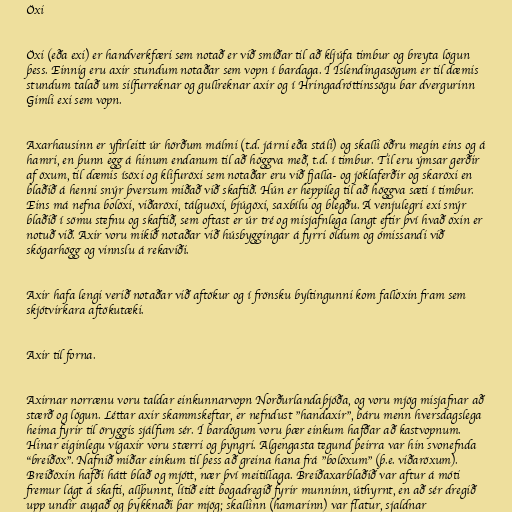
Öxi

Öxi (eða exi) er handverkfæri sem notað er við smíðar til að kljúfa timbur og breyta lögun
þess. Einnig eru axir stundum notaðar sem vopn í bardaga. Í Íslendingasögum er til dæmis
stundum talað um silfurreknar og gullreknar axir og í Hringadróttinssögu bar dvergurinn
Gimli exi sem vopn.

Axarhausinn er yfirleitt úr hörðum málmi (t.d. járni eða stáli) og skalli öðru megin eins og á
hamri, en þunn egg á hinum endanum til að höggva með, t.d. í timbur. Til eru ýmsar gerðir
af öxum, til dæmis ísöxi og klifuröxi sem notaðar eru við fjalla- og jöklaferðir og skaröxi en
blaðið á henni snýr þversum miðað við skaftið. Hún er heppileg til að höggva sæti í timbur.
Eins má nefna bolöxi, viðaröxi, tálguöxi, bjúgöxi, saxbílu og blegðu. Á venjulegri exi snýr
blaðið í sömu stefnu og skaftið, sem oftast er úr tré og misjafnlega langt eftir því hvað öxin er
notuð við. Axir voru mikið notaðar við húsbyggingar á fyrri öldum og ómissandi við
skógarhögg og vinnslu á rekaviði.

Axir hafa lengi verið notaðar við aftökur og í frönsku byltingunni kom fallöxin fram sem
skjótvirkara aftökutæki.

Axir til forna.

Axirnar norrænu voru taldar einkunnarvopn Norðurlandaþjóða, og voru mjög misjafnar að
stærð og lögun. Léttar axir skammskeftar, er nefndust "handaxir", báru menn hversdagslega
heima fyrir til öryggis sjálfum sér. Í bardögum voru þær einkum hafðar að kastvopnum.
Hinar eiginlegu vígaxir voru stærri og þyngri. Algengasta tegund þeirra var hin svonefnda
"breiðöx". Nafnið miðar einkum til þess að greina hana frá "bolöxum" (þ.e. viðaröxum).
Breiðöxin hafði hátt blað og mjótt, nær því meitillaga. Breiðaxarblaðið var aftur á móti
fremur lágt á skafti, allþunnt, lítið eitt bogadregið fyrir munninn, úthyrnt, en að sér dregið
upp undir augað og þykknaði þar mjög; skallinn (hamarinn) var flatur, sjaldnar